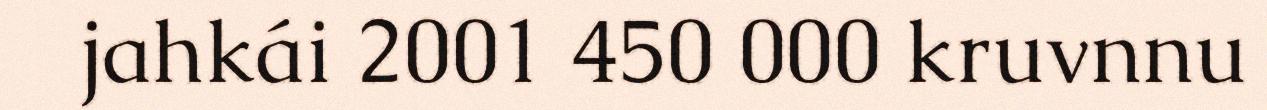
jahkái 2001 450 000 kruvnnu